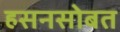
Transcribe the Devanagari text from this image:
हसनसोबत